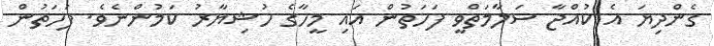
ގެންދިޔަ އެ ކުއްޖާ ސަލާމަތްވީ ފަހަތުން އައި މީހާގެ ހުޝިޔާރު ކަމުންނެވެ. ފަހަތުން